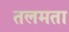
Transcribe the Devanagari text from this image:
तलमता